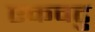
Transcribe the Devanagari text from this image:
एकवटु